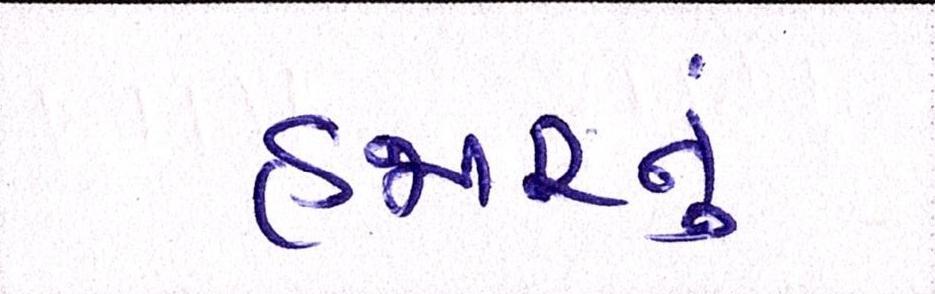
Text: હજારનું